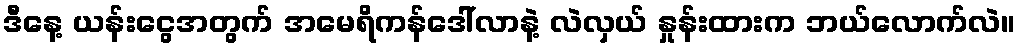
ဒီနေ့ ယန်းငွေအတွက် အမေရိကန်ဒေါ်လာနဲ့ လဲလှယ် နှုန်းထားက ဘယ်လောက်လဲ။